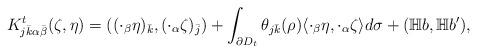
LaTeX: \begin{align*} K^t_{j\bar k \alpha\bar\beta}(\zeta,\eta) =( ({\cdot_\beta\eta})_{\bar k}, ({\cdot_\alpha\zeta})_{\bar j}) +\int_{\partial D_t} \theta_{j\bar k}(\rho) \langle {\cdot_\beta\eta}, {\cdot_\alpha\zeta}\rangle d \sigma + (\mathbb H b,\mathbb H b'),\end{align*}